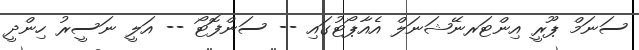
ސަނަމް ޕޫރީ އިންޓަރނޭޝަނަލް އެއާޕޯޓުގައި -- ސަންފޮޓޯ -- އަލީ ނަސީރު ހިންދީ